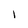
Character: l